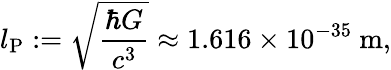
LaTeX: l_{\mathrm{P}}:=\sqrt{\frac{\hbar G}{c^{3}}}\approx 1.616\times 10^{-35}\ \mathrm{m},